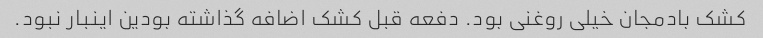
کشک بادمجان خیلی روغنی بود. دفعه قبل کشک اضافه گذاشته بودین اینبار نبود.